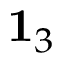
{ \bf 1 } _ { 3 }